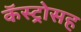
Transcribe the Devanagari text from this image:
कॅस्ट्रोसह